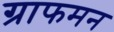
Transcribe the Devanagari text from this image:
ग्राफमन